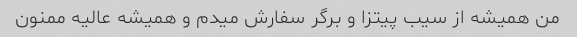
من همیشه از سیب پیتزا و برگر سفارش میدم و همیشه عالیه ممنون